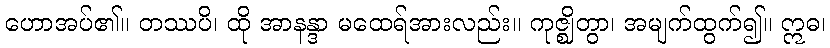
ဟောအပ်၏။ တဿပိ၊ ထို အာနန္ဒာ မထေရ်အားလည်း။ ကုဇ္ဈိတွာ၊ အမျက်ထွက်၍။ ဣဓ၊